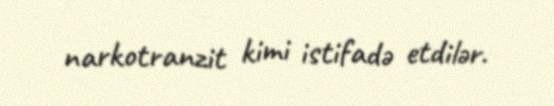
narkotranzit kimi istifadə etdilər.